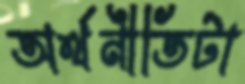
অর্থনীতিটা